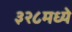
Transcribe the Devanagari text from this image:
३२८मध्ये